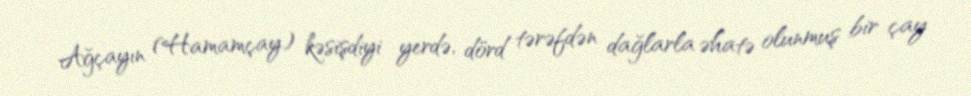
Ağçayın (Hamamçay) kəsişdiyi yerdə, dörd tərəfdən dağlarla əhatə olunmuş bir çay